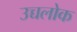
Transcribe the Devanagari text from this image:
उच्चलोक